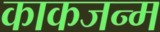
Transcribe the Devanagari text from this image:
काकजन्म